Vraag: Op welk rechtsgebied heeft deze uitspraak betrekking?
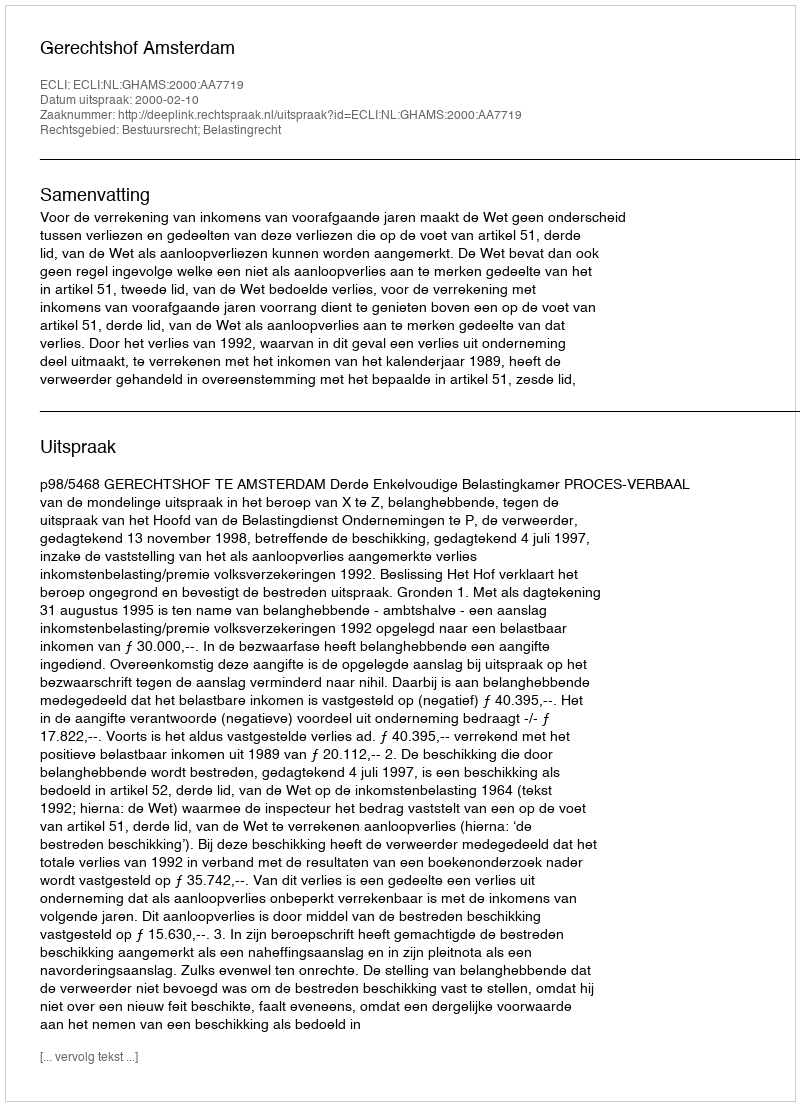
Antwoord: Bestuursrecht; Belastingrecht